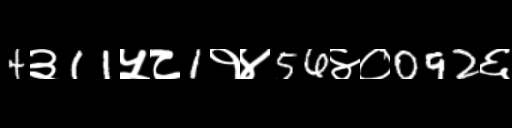
Text: 4३11५८1१४56४०092६